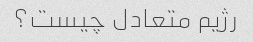
رژیم متعادل چیست؟